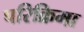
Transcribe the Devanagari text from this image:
परिक्रिमा